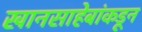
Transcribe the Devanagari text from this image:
खानसाहेबांकडून